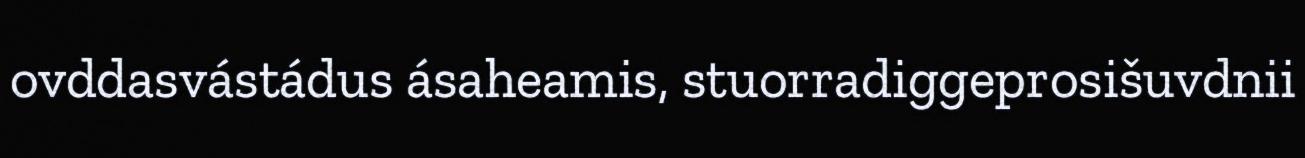
ovddasvástádus ásaheamis, stuorradiggeprosišuvdnii